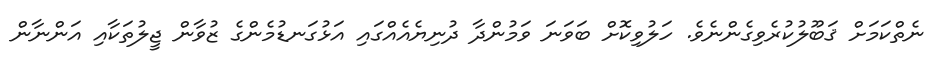
ނެތްކަމަށް ޤަބޫލުކުރެވިގެންނެވެ. ހަލުވިކޮށް ބަވަނަ ވަމުންދާ ދުނިޔެއެއްގައި އަޅުގަނޑުމެންގެ ޒުވާން ޖީލުތަކާއި އަންނާން